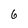
Character: 6